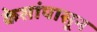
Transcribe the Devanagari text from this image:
केसांपासून